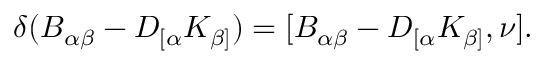
\delta ( B _ { \alpha \beta } - D _ { [ \alpha } K _ { \beta ] } ) = [ B _ { \alpha \beta } - D _ { [ \alpha } K _ { \beta ] } , \nu ] .